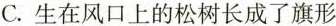
C. 生在风口上的松树长成了旗形